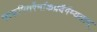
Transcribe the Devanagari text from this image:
साकमितरैर्नाकप्रदैर्गम्यताम्